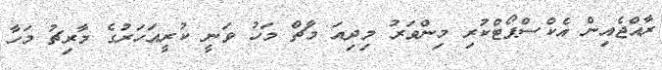
ރާއްޖެއިން އެކްސްޕޯޓްކުރި މިންވަރު މިދިއަ މާޗް މަހު ވަނީ ކުރީއަހަރުގެ މާރިޗު މަހާ